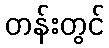
တန်းတွင်